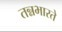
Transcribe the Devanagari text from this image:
तन्नभारते